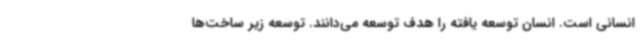
انسانی است. انسان توسعه یافته را هدف توسعه می‌دانند. توسعه زیر ساخت‌ها